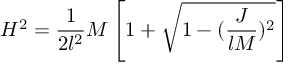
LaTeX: H ^ { 2 } = \frac { 1 } { 2 l ^ { 2 } } M \left[ 1 + \sqrt { 1 - ( \frac { J } { l M } ) ^ { 2 } } \right] \nonumber